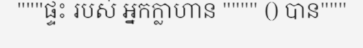
"""ផ្ទះ របស់ អ្នកក្លាហាន """" () បាន"""